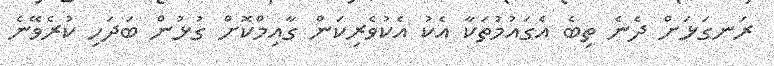
ރަނގަޅަށް ދެނެ ތިބެ އެގައުމުތަކާ އެކު އެކުވެރިކަން ގާއިމްކޮށް ގުޅުން ބަދަހި ކުރެވޭނެ